Lunatic asylums in Bengal annual reports 1912-1924 - 1912-1924
Year: 1912
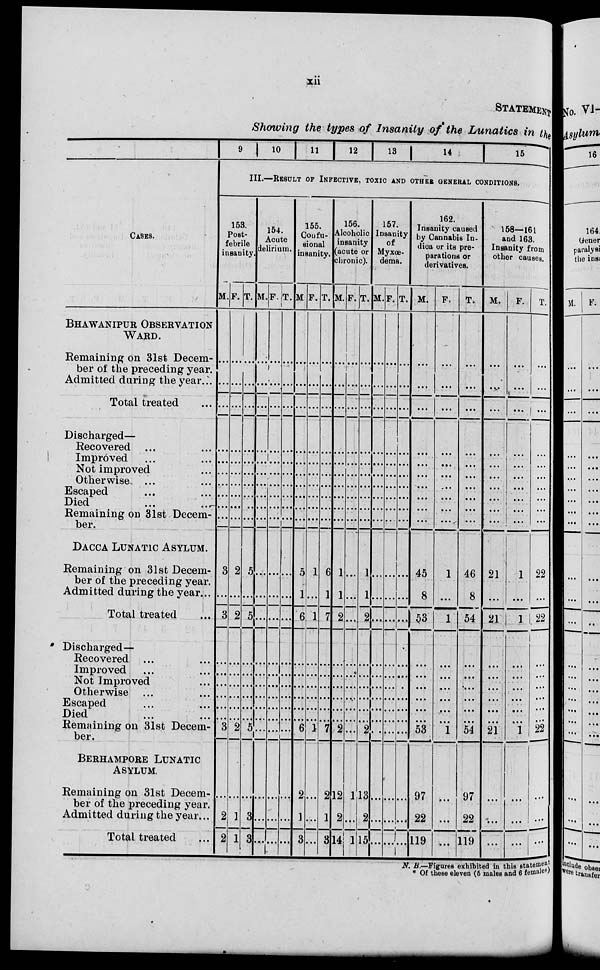
xii
STATEMENT
Showing the types of Insanity of the Lunatics in the
CASES.
BHAWANIPUR OBSERVATION
WARD.
Remaining on 31st Decem-
ber of the preceding year.
Admitted during the year ...
Total treated ...
Discharged—
Recovered ... ...
Improved ... ...
Not improved ...
Otherwise ... ...
Escaped ... ...
Died ... ...
Remaining on 31st Decem-
ber.
DACCA LUNATIC ASYLUM.
Remaining on 31st Decem-
ber of the preceding year.
Admitted during the year...
Total treated ...
Discharged—
Recovered ... ...
Improved ...
Not Improved ...
Otherwise ... ...
Escaped ... ...
Died ... ...
Remaining on 31st Decem-
ber.
BERHAMPORE LUNATIC
ASYLUM.
Remaining on 31st Decem-
ber of the preceding year.
Admitted during the year...
Total treated ...
9
10
11
12
13
14
15
III.—RESULT OF INFECTIVE, TOXIC AND OTHER GENERAL CONDITIONS.
153.
Post-
febrile
insanity.
M.
...
...
...
...
...
...
...
...
...
...
...
3
...
3
...
...
...
...
...
...
3
...
2
2
F.
...
...
...
...
...
...
...
...
...
...
...
2
...
2
...
...
...
...
...
...
2
...
1
1
T.
...
...
...
...
...
...
...
...
...
...
...
5
...
5
...
...
...
...
...
...
5
...
3
3
154.
Acute
delirium.
M.
...
...
...
...
...
...
...
...
...
...
...
...
...
...
...
...
...
...
...
...
...
...
...
...
F.
...
...
...
...
...
...
...
...
...
...
...
...
...
...
...
...
...
...
...
...
...
...
...
...
T.
...
...
...
...
...
...
...
...
...
...
...
...
...
...
...
...
...
...
...
...
...
...
...
...
155.
Confu-
sional
insanity.
M.
...
...
...
...
...
...
...
...
...
...
...
5
1
6
...
...
...
...
...
...
6
2
1
3
F.
...
...
...
...
...
...
...
...
...
...
...
1
...
1
...
...
...
...
...
...
1
...
...
...
T.
...
...
...
...
...
...
...
...
...
...
...
6
1
7
...
...
...
...
...
...
7
2
1
3
156.
Alcoholic
insanity
(acute or
chronic).
M.
...
...
...
...
...
...
...
...
...
...
...
1
1
2
...
...
...
...
...
...
2
12
2
14
F.
...
...
...
...
...
...
...
...
...
...
...
...
...
...
...
...
...
...
...
...
...
1
...
1
T.
...
...
...
...
...
...
...
...
...
...
...
1
1
1
...
...
...
...
...
...
2
13
2
15
157.
Insanity
Myxœ-
dema.
M.
...
...
...
...
...
...
...
...
...
...
...
...
...
...
...
...
...
...
...
...
...
...
...
...
F.
...
...
...
...
...
...
...
...
...
...
...
...
...
...
...
...
...
...
...
...
...
...
...
T.
...
...
...
...
...
...
...
...
...
...
...
...
...
...
...
...
...
...
...
...
...
...
...
...
162.
Insanity caused
by Cannabis In-
dica or its pre-
parations or
derivatives.
M.
...
...
...
...
...
...
...
...
...
...
...
45
8
53
...
...
...
...
...
...
53
97
22
119
F.
...
...
...
...
...
...
...
...
...
...
...
1
...
1
...
...
...
...
...
...
1
...
...
...
T.
...
...
...
...
...
...
...
...
...
...
...
46
8
54
...
...
...
...
...
...
54
97
22
119
158—161
and 163.
Insanity from
other causes.
M.
...
...
...
...
...
...
...
...
...
...
...
21
...
21
...
...
...
...
...
...
21
...
...
...
F.
...
...
...
...
...
...
...
...
...
...
...
1
...
1
...
...
...
...
...
...
1
...
...
...
T.
...
...
...
...
...
...
...
...
...
...
...
22
...
22
...
...
...
...
...
...
22
...
...
...
N.B.—Figures exhibited in this statement
* Of these eleven (5 males and 6 females)